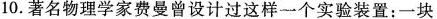
10.著名物理学家费曼曾设计过这样一个实验装置：一块